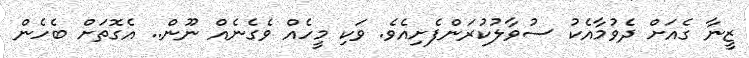
ޒީނާ ގެއަށް ދެވުމާއެކު ސުވާލުކުރަންފެށިއެވެ. ވަކި މީހެއް ވެގެނެއް ނޫން.. އެގޮތަށް ބެހެން